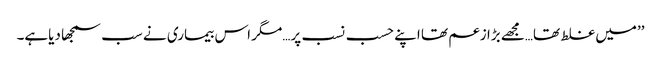
’’میں غلط تھا…مجھے بڑا زعم تھا اپنے حسب نسب پر…مگر اس بیماری نے سب سمجھا دیاہے۔